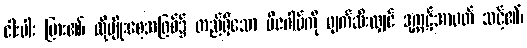
ငါးပါး ပြား၏၊ ထိုမျိုးစေ့အဖြစ်၌ တည်ရှိသော ဗီဇဂါမ်ကို ဖျက်ဆီးလျှင် ဒုက္ကဋ်အာပတ် သင့်၏၊